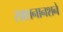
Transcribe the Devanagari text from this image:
साशनानशने